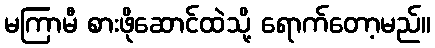
မကြာမီ စားဖိုဆောင်ထဲသို့ ရောက်တော့မည်။